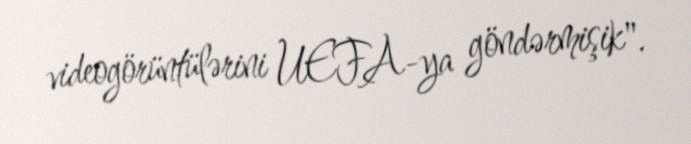
videogörüntülərini UEFA-ya göndərmişik".